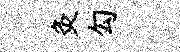
灸勾